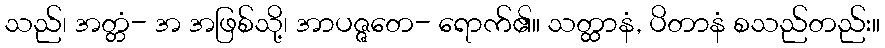
သည်၊ အတ္တံ- အ အဖြစ်သို့၊ အာပဇ္ဇတေ- ရောက်၏။ သတ္ထာနံ, ပိတာနံ စသည်တည်း။